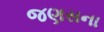
જણસના